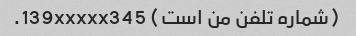
(شماره تلفن من است) 139xxxxx345.